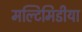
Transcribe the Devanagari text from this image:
मल्टिमिडीया